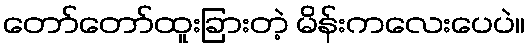
တော်တော်ထူးခြားတဲ့ မိန်းကလေးပေပဲ။